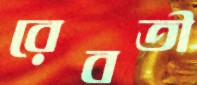
রেবতী